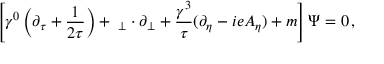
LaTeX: \left[ \gamma ^ { 0 } \left( \partial _ { \tau } + { \frac { 1 } { 2 \tau } } \right) + { \bf \gamma } _ { \perp } \cdot \partial _ { \perp } + { \frac { \gamma ^ { 3 } } { \tau } } ( \partial _ { \eta } - i e A _ { \eta } ) + m \right] \Psi = 0 \, ,